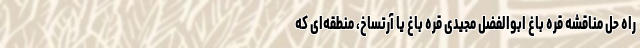
راه حل مناقشه قره باغ ابوالفضل مجیدی قره باغ یا آرتساخ، منطقه‌ای که